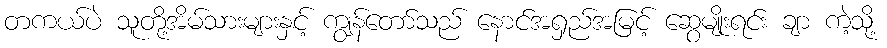
တကယ်ပဲ သူတို့အိမ်သားများနှင့် ကျွန်တော်သည် နောင်အရှည်အမြင့် ဆွေမျိုးရင်း ချာ ကဲ့သို့